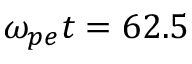
\omega _ { p e } t = 6 2 . 5